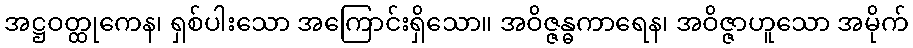
အဋ္ဌဝတ္ထုကေန၊ ရှစ်ပါးသော အကြောင်းရှိသော။ အဝိဇ္ဇန္ဓကာရေန၊ အဝိဇ္ဇာဟူသော အမိုက်